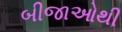
બીજાઓથી